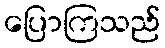
ပြောကြသည်